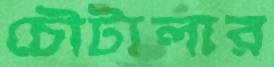
চৌটালার